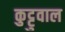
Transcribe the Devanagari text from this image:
कुट्टुवाल